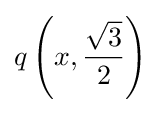
q\left(x,{\frac {\sqrt {3}}{2}}\right)